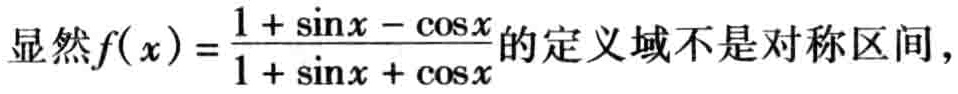
显然\(f(x)=\frac{1 + \sin x - \cos x}{1 + \sin x + \cos x}\)的定义域不是对称区间，